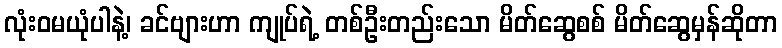
လုံးဝမယုံပါနဲ့၊ ခင်ဗျားဟာ ကျုပ်ရဲ့ တစ်ဦးတည်းသော မိတ်ဆွေစစ် မိတ်ဆွေမှန်ဆိုတာ